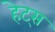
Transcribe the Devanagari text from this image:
हेट्स